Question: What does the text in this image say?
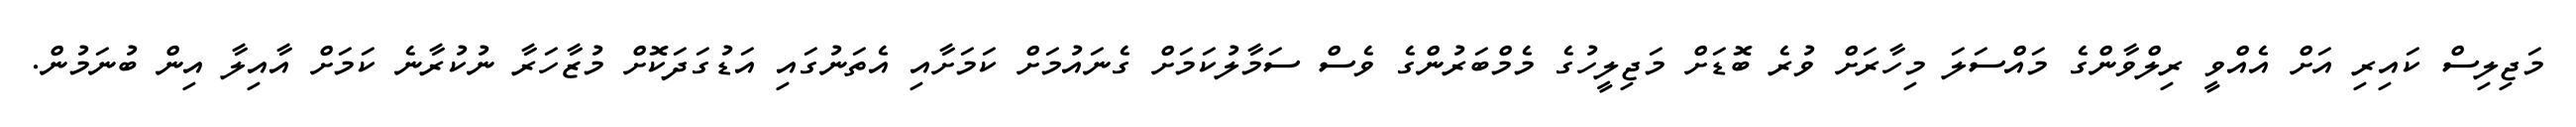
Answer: މަޖިލިސް ކައިރި އަށް އެއްވީ ރިލްވާންގެ މައްސަލަ މިހާރަށް ވުރެ ބޮޑަށް މަޖިލީހުގެ މެމްބަރުންގެ ވެސް ސަމާލުކަމަށް ގެނައުމަށް ކަމަށާއި އެތަނުގައި އަޑުގަދަކޮށް މުޒާހަރާ ނުކުރާނެ ކަމަށް އާއިލާ އިން ބުނަމުން.